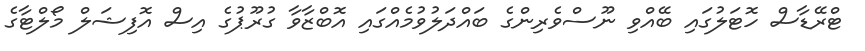
ޓްރޭޑާސް ހޮޓަލުގައި ބޭއްވި ނޫސްވެރިންގެ ބައްދަލުވުމެއްގައި އޮބްޒާވާ ގުރޫޕުގެ އިސް އޮފިޝަލް މޯލްޓާގެ